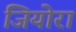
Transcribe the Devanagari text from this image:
जियोरा